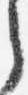
之